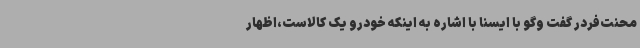
محنت‌فردر گفت وگو با ایسنا با اشاره به اینکه خودرو یک کالاست،اظهار